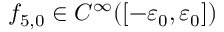
{ f } _ { 5 , 0 } \in C ^ { \infty } ( [ - \varepsilon _ { 0 } , \varepsilon _ { 0 } ] )